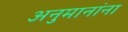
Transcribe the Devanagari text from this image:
अनुमानांना